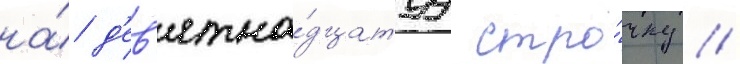
на́ д'ев'ятна́дцатуу стро́чку //